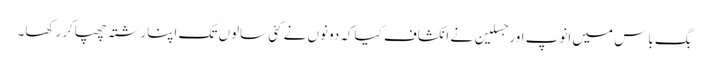
بگ باس میں انوپ اورجسلین نے انکشاف کیاکہ دونوں نے کئی سالوں تک اپنا رشتہ چھپاکر رکھا۔